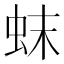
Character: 𬟼